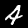
Label: 4